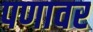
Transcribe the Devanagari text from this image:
पणावर